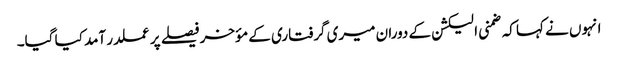
انہوں نے کہا کہ ضمنی الیکشن کے دوران میری گرفتاری کے مؤخر فیصلے پر عملدر آمد کیا گیا۔